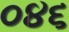
૦૪૬